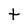
Character: t